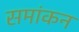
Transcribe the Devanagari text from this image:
समांकन